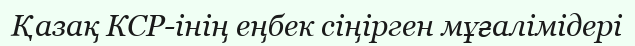
Қазақ КСР-інің еңбек сіңірген мұғалімідері